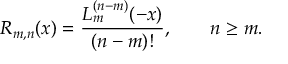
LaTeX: R _ { m , n } ( x ) = \frac { L _ { m } ^ { ( n - m ) } ( - x ) } { ( n - m ) ! } , \qquad n \ge m .